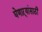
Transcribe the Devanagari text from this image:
घेणाऱ्यांसाठी